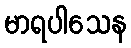
မာရပါသေန